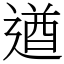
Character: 遒